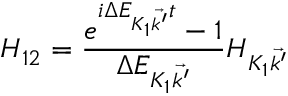
H _ { 1 2 } = \frac { e ^ { i \Delta E _ { { K _ { 1 } } \vec { k ^ { \prime } } } t } - 1 } { \Delta E _ { { K _ { 1 } } \vec { k ^ { \prime } } } } H _ { K _ { 1 } \vec { k ^ { \prime } } }